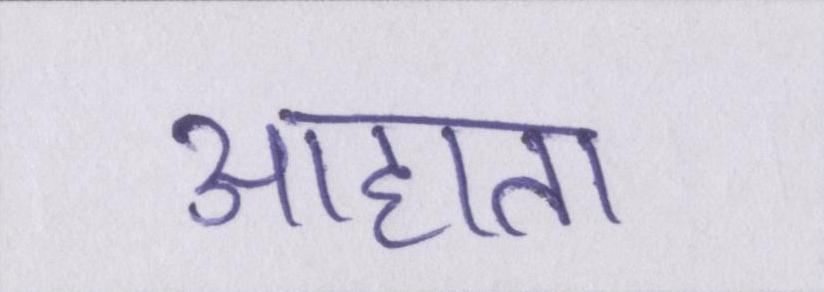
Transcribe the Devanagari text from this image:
आहाता